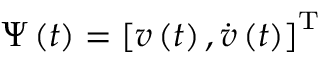
\boldsymbol { \Psi } \left( t \right) = \left[ v \left( t \right) , \dot { v } \left( t \right) \right] ^ { \mathrm { T } }